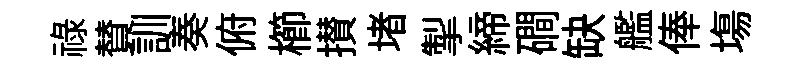
祿賛訓奏俯櫛攅堵掣締磵缺艦俸塲